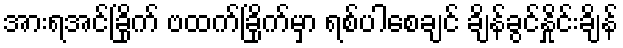
အားရအင်ခြိုက် ဗထက်ခြိုက်မှာ ရစ်ပါစေချင် ချိန်ခွင်နှိုင်းချိန်